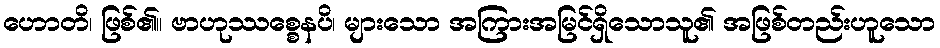
ဟောတိ၊ ဖြစ်၏။ ဗာဟုဿစ္စေနပိ၊ များသော အကြားအမြင်ရှိသောသူ၏ အဖြစ်တည်းဟူသော